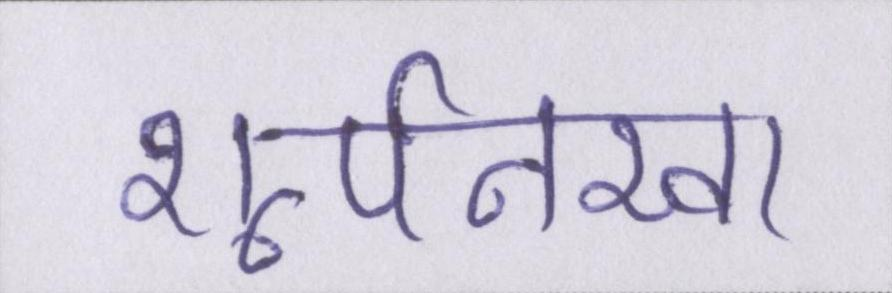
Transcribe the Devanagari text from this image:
शूर्पनखा